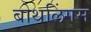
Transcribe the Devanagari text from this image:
बोथलिंगम